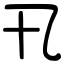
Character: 卂